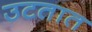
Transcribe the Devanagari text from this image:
उटतात